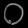
Digit: ၀